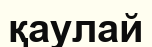
қаулай